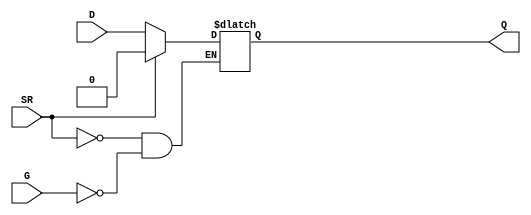
module CC_DLT #(
	parameter [0:0] G_INV = 1'b0,
	parameter [0:0] SR_INV = 1'b0,
	parameter [0:0] SR_VAL = 1'b0
)(
	input D,
	input G,
	input SR,
	output reg Q
);
	wire en, sr;
	assign en  = (G_INV) ? ~G : G;
	assign sr  = (SR_INV) ? ~SR : SR;
	initial Q = 1'bX;
	always @(*)
	begin
		if (sr) begin
			Q <= SR_VAL;
		end
		else if (en) begin
			Q <= D;
		end
	end
endmodule